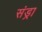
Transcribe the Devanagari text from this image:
संड्रा